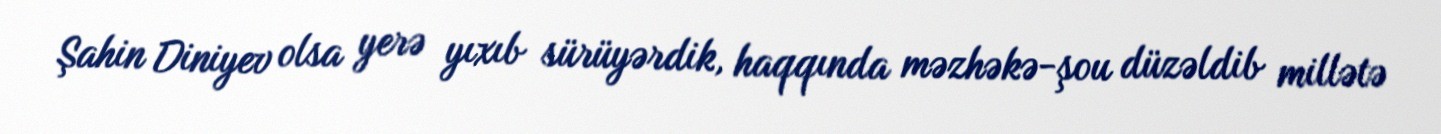
Şahin Diniyev olsa yerə yıxıb sürüyərdik, haqqında məzhəkə-şou düzəldib millətə